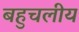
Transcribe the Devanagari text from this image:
बहुचलीय